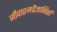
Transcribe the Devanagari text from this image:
जीवाश्मवैज्ञानिकों